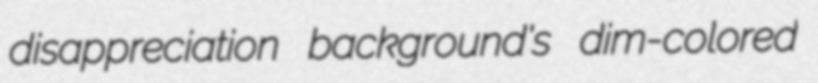
disappreciation background's dim-colored